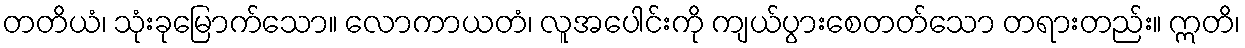
တတိယံ၊ သုံးခုမြောက်သော။ လောကာယတံ၊ လူအပေါင်းကို ကျယ်ပွားစေတတ်သော တရားတည်း။ ဣတိ၊